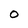
Character: 0